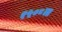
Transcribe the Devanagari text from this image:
१५०८ला